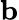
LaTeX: \textbf{b}